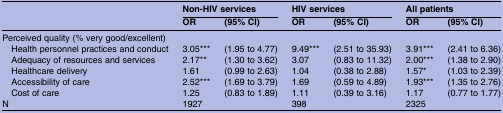
|  | <COLSPAN=2> Non-HIV services | <COLSPAN=2> HIV services | <COLSPAN=2> All patients |
 |  | OR | (95% CI) | OR | (95% CI) | OR | (95% CI) |
 | --- | --- | --- | --- | --- | --- | --- |
 | <COLSPAN=7> Perceived quality (% very good/excellent) |
 | Health personnel practices and conduct | 3.05*** | (1.95 to 4.77) | 9.49*** | (2.51 to 35.93) | 3.91*** | (2.41 to 6.36) |
 | Adequacy of resources and services | 2.17** | (1.30 to 3.62) | 3.07 | (0.83 to 11.32) | 2.00*** | (1.38 to 2.90) |
 | Healthcare delivery | 1.61 | (0.99 to 2.63) | 1.04 | (0.38 to 2.88) | 1.57* | (1.03 to 2.39) |
 | Accessibility of care | 2.52*** | (1.69 to 3.79) | 1.69 | (0.59 to 4.89) | 1.93*** | (1.35 to 2.76) |
 | Cost of care | 1.25 | (0.83 to 1.89) | 1.11 | (0.39 to 3.16) | 1.17 | (0.77 to 1.77) |
 | N | <COLSPAN=2> 1927 | <COLSPAN=2> 398 | <COLSPAN=2> 2325 |